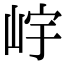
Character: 𡷎